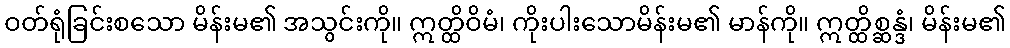
ဝတ်ရုံခြင်းစသော မိန်းမ၏ အသွင်းကို။ ဣတ္ထိဝိမံ၊ ကိုးပါးသောမိန်းမ၏ မာန်ကို။ ဣတ္ထိစ္ဆန္ဒံ၊ မိန်းမ၏